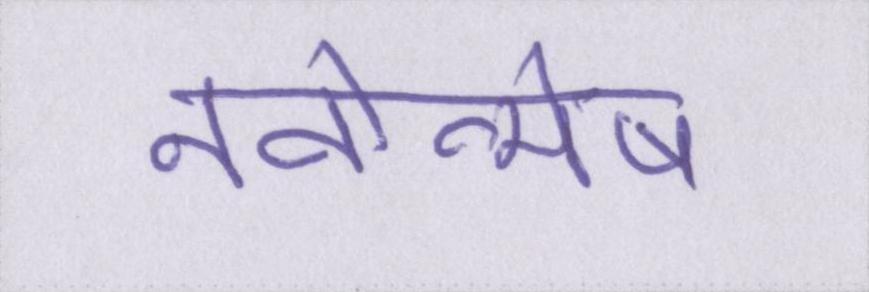
नवोन्मेष